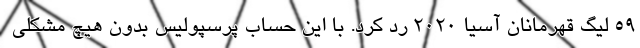
59 لیگ قهرمانان آسیا 2020 رد کرد. با این حساب پرسپولیس بدون هیچ مشکلی